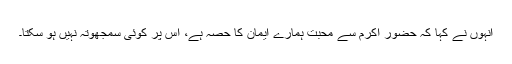
انہوں نے کہا کہ حضور اکرمؐ سے محبت ہمارے ایمان کا حصہ ہے، اس پر کوئی سمجھوتہ نہیں ہو سکتا۔